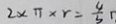
2 \times \pi \times r = \frac { 4 } { 5 }